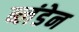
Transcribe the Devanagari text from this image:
ब्लंडेन